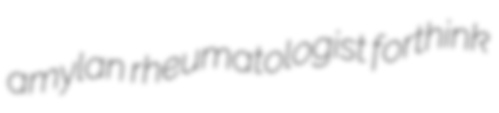
amylan rheumatologist forthink